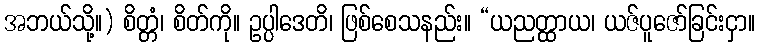
အဘယ်သို့။) စိတ္တံ၊ စိတ်ကို။ ဥပ္ပါဒေတိ၊ ဖြစ်စေသနည်း။ “ယညတ္ထာယ၊ ယဇ်ပူဇော်ခြင်းငှာ။